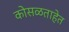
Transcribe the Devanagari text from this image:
कोसळताहेत